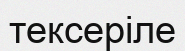
тексеріле